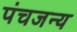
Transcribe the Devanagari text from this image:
पंचजन्य